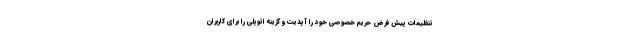
تنظیمات پیش فرض حریم خصوصی خود را آپدیت و گزینه اتوپلی را برای کاربران